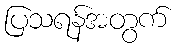
ပြသရန်အတွက်